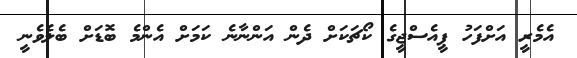
އެމެރީ އަށްފަހު ޕީއެސްޖީގެ ކޯޗަކަށް ދެން އަންނާނެ ކަމަށް އެންމެ ބޮޑަށް ބެލެވެނީ